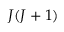
J ( J + 1 )